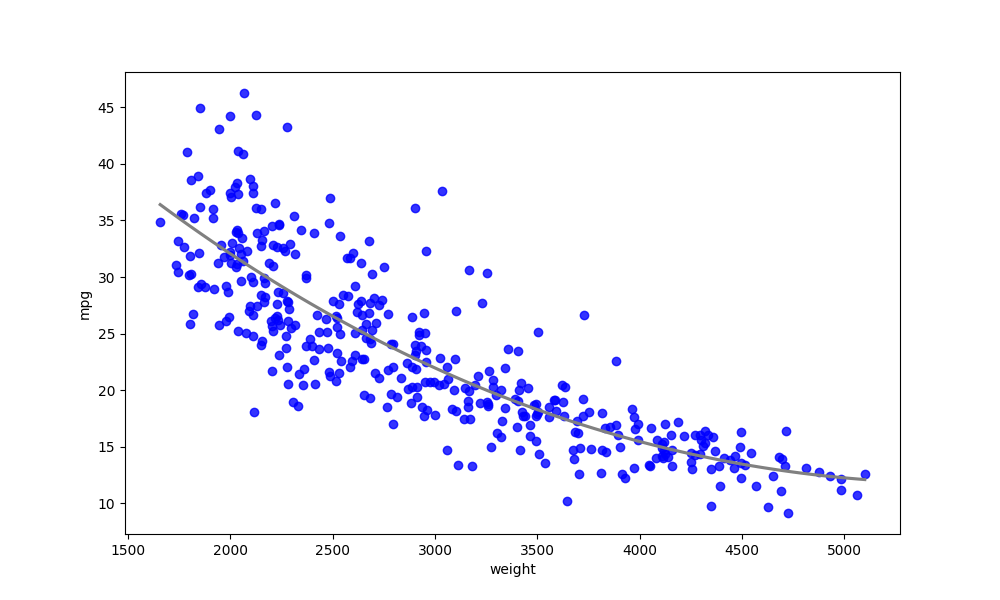
python, seaborn, regplot, order=3, ci=None, scatter_color=blue, line_color=gray